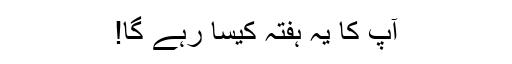
آپ کا یہ ہفتہ کیسا رہے گا!